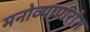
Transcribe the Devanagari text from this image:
मनोव्यापारांत